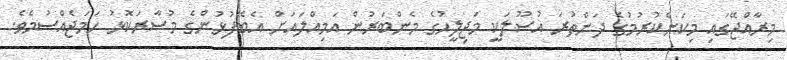
މިރާއްޖޭގައި މިކަންކުރުމުގެ ދަންތުރަ އުސޫލަކީ މަޖިލީހުގެ މެންބަރުން އަމިއްލައަށް އެބޭފުޅުންގެ މުސާރަކޮޅު ހަމަޖެއްސުމެވެ.